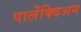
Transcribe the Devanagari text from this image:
पालेंक्विअम